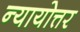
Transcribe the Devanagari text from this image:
न्यायोत्तर